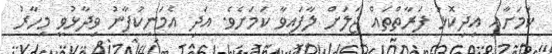
ކަމަށާއި އިދިކޮޅު ފަރާތްތައް ޖަލަށް ލާފައިވާ ކަމަށެވެ. އަދި އެމަނިކުފާނު ވިދާޅުވީ މިހާރު